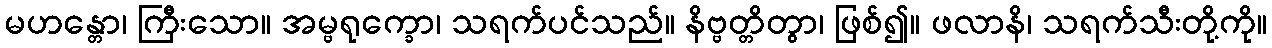
မဟန္တော၊ ကြီးသော။ အမ္ဗရုက္ခော၊ သရက်ပင်သည်။ နိဗ္ဗတ္တိတွာ၊ ဖြစ်၍။ ဖလာနိ၊ သရက်သီးတို့ကို။